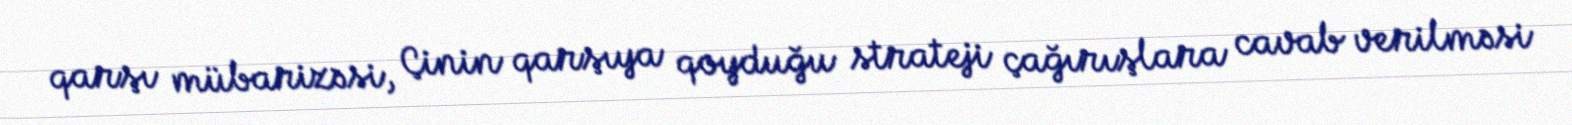
qarşı mübarizəsi, Çinin qarşıya qoyduğu strateji çağırışlara cavab verilməsi